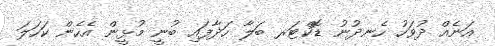
އަނެއް ދުވަހު ހެނދުނު ޑޮކްޓަރ ބަލާ ހަދާފައި ބުނީ މުޅީން އެހެން ކަހަލަ